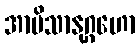
အာမိသာနုဂ္ဂဟော